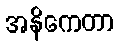
အနိကေတာ